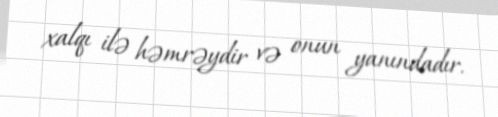
xalqı ilə həmrəydir və onun yanındadır.